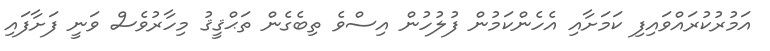
އަމުރުކުރައްވައިފި ކަމަށާއި އެހެންކަމުން ފުލުހުން އިސްވެ ތިބެގެން ތަޙްޤީޤު މިހާރުވެސް ވަނީ ފަށާފައި